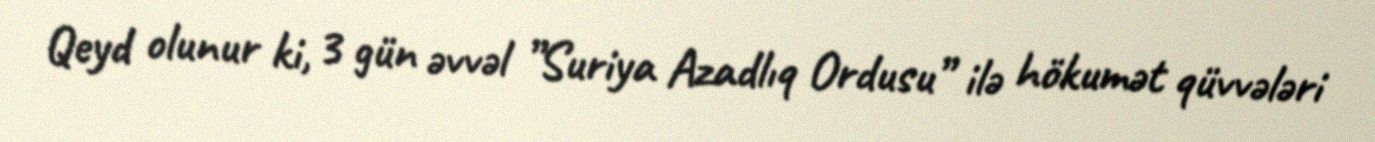
Qeyd olunur ki, 3 gün əvvəl ”Suriya Azadlıq Ordusu” ilə hökumət qüvvələri